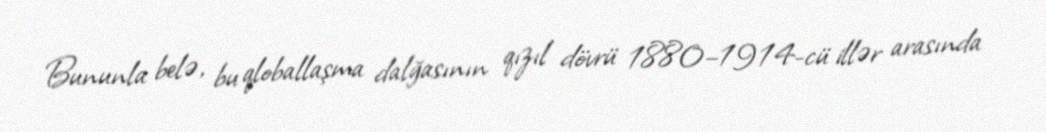
Bununla belə, bu qloballaşma dalğasının qızıl dövrü 1880–1914-cü illər arasında